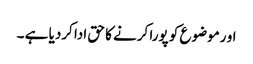
او رموضوع کو پورا کرنے کا حق ادا کردیا ہے ۔